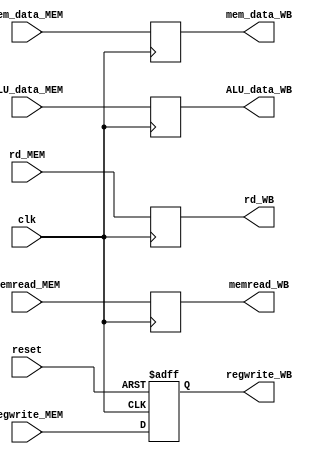
`timescale 1ns / 1ps
//////////////////////////////////////////////////////////////////////////////////
// Company: 
// Engineer: 
// 
// Design Name: 
// Module Name: MEM_WB_stage
// Project Name: 
// Target Devices: 
// Tool Versions: 
// Description: 
// 
// Dependencies: 
// 
// Revision:
// Revision 0.01 - File Created
// Additional Comments:
// 
//////////////////////////////////////////////////////////////////////////////////


module MEM_WB_stage(
    input clk,
    input reset,

    input regwrite_MEM,
    input [4:0] rd_MEM,
    input memread_MEM,
    input [31:0] ALU_data_MEM,
    input [31:0] mem_data_MEM,

    output reg regwrite_WB,
    output reg [4:0] rd_WB,
    output reg memread_WB, 
    output reg [31:0] mem_data_WB,
    output reg [31:0] ALU_data_WB
    );
    
    always@(posedge clk or posedge reset) begin
        if (reset) begin
            regwrite_WB <= 0;
        end else begin
            regwrite_WB <= regwrite_MEM;
        end
    end
    
    always@(posedge clk) begin
        rd_WB <= rd_MEM;
        memread_WB <= memread_MEM;
        ALU_data_WB <= ALU_data_MEM;
        mem_data_WB <= mem_data_MEM;
    end

endmodule